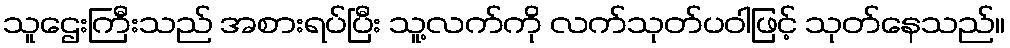
သူဌေးကြီးသည် အစားရပ်ပြီး သူ့လက်ကို လက်သုတ်ပဝါဖြင့် သုတ်နေသည်။